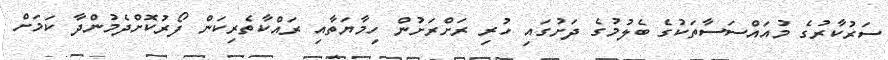
ސަރުކާރުގެ މުއައްސަސާތަކުގެ ބެލުމުގެ ދަށުގައި ހުރި ރަށްރަށުން ހިމާޔަތާއި ރައްކާތެރިކަން ފޯރުކޮށްދެމުންދާ ކަމަށް